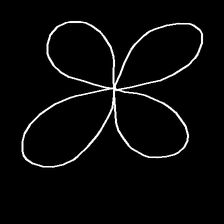
Glyph: billowing